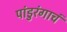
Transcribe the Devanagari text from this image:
पांडुरंगाचं